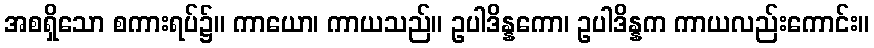
အစရှိသော စကားရပ်၌။ ကာယော၊ ကာယသည်။ ဥပါဒိန္နကော၊ ဥပါဒိန္နက ကာယလည်းကောင်း။